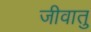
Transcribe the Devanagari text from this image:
जीवातु